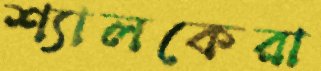
শ্যালকেরা